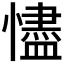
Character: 𢣺